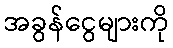
အခွန်ငွေများကို